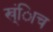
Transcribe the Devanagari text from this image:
ख्ंिाच